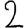
Digit: 2